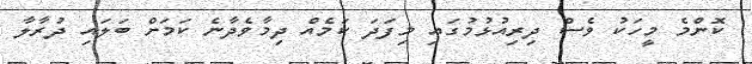
ކޮންމެ މީހަކު ވެސް ދިރިއުޅުމުގައި މިފަދަ ކަމެއް ދިމާވެދާނެ ކަމަށް ބަލައި ދުރާލާ